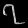
Digit: ၇